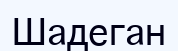
Шадеган